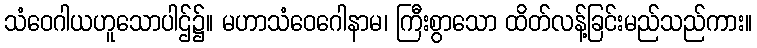
သံဝေဂါယဟူသောပါဌ်၌။ မဟာသံဝေဂေါနာမ၊ ကြီးစွာသော ထိတ်လန့်ခြင်းမည်သည်ကား။